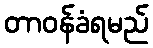
တာဝန်ခံရမည်